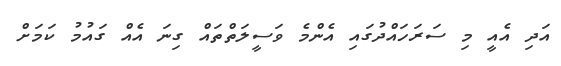
އަދި އެއީ މި ސަރަހައްދުގައި އެންމެ ވަސީލަތްތައް ގިނަ އެއް ގައުމު ކަމަށް